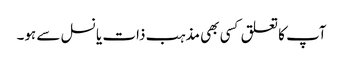
آپ کا تعلق کسی بھی مذہب ذات یا نسل سے ہو۔